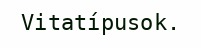
Vitatípusok.